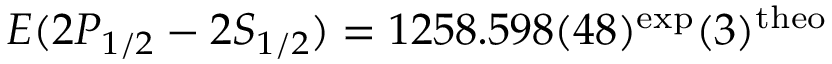
E ( 2 P _ { 1 / 2 } - 2 S _ { 1 / 2 } ) = 1 2 5 8 . 5 9 8 ( 4 8 ) ^ { \mathrm { e x p } } ( 3 ) ^ { \mathrm { t h e o } }